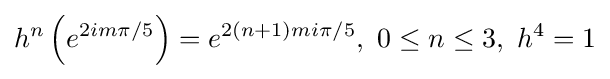
h^{n}\left(e^{2im\pi /5}\right)=e^{2(n+1)mi\pi /5},\ 0\leq n\leq 3,\ h^{4}=1